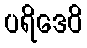
ပရိဒေဝိ